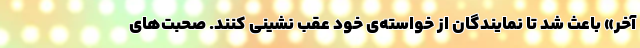
آخر» باعث شد تا نمایندگان از خواسته‌ی خود عقب نشینی کنند. صحبت‌های